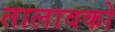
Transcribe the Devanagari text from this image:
तालावको